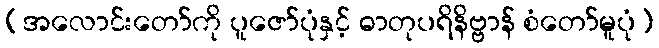
(အလောင်းတော်ကို ပူဇော်ပုံနှင့် ဓာတုပရိနိဗ္ဗာန် စံတော်မူပုံ)